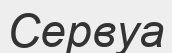
Сервуа